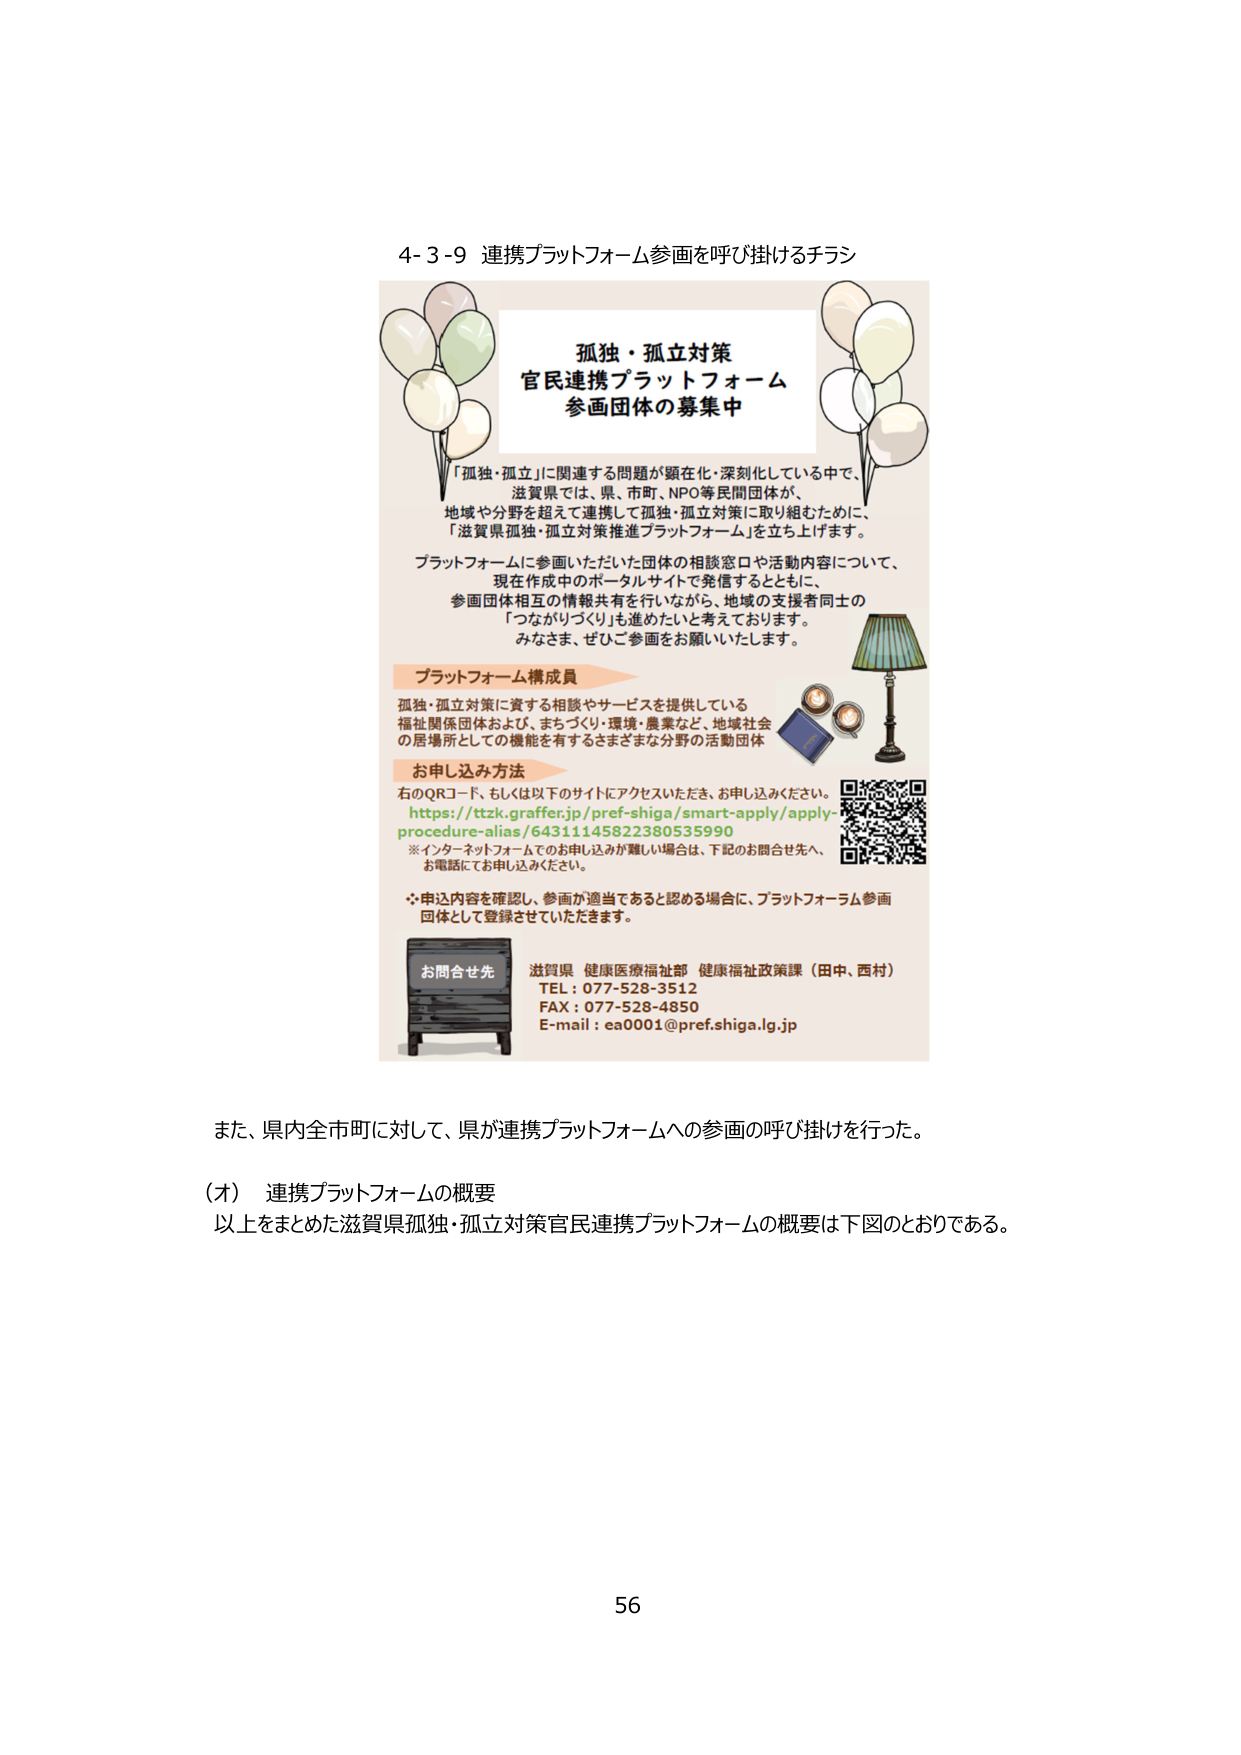
4-3-9 連携プラットフォーム参画を呼び掛けるチラシ

孤独・孤立対策
官民連携プラットフォーム
参画団体の募集中

「孤独・孤立」に関連する問題が顕在化・深刻化している中で、
滋賀県では、県、市町、NPO等民間団体が、
地域や分野を超えて連携して孤独・孤立対策に取り組むために、
「滋賀県孤独・孤立対策推進プラットフォーム」を立ち上げます。

プラットフォームに参画いただいた団体の相談窓口や活動内容について、
現在作成中のポータルサイトで発信するとともに、
参画団体相互の情報共有を行いながら、地域の支援者同士の
「つながりづくり」も進めたいと考えております。
みなさま、ぜひご参画をお願いいたします。

プラットフォーム構成員
孤独・孤立対策に資する相談やサービスを提供している
福祉関係団体および、まちづくり・環境・農業など、地域社会
の居場所としての機能を有するさまざまな分野の活動団体

お申し込み方法
右のQRコード、もしくは以下のサイトにアクセスいただき、お申し込みください。
https://ttzk.graffer.jp/pref-shiga/smart-apply/apply-procedure-alias/64311145822380535990
※インターネットフォームでのお申し込みが難しい場合は、下記のお問合せ先へ、
お電話にてお申し込みください。

・申込内容を確認し、参画が適当であると認める場合に、プラットフォーム参画
団体として登録させていただきます。

お問合せ先
滋賀県 健康医療福祉部 健康福祉政策課（田中、西村）
TEL：077-528-3512
FAX：077-528-4850
E-mail：ea0001@pref.shiga.lg.jp

また、県内全市町に対して、県が連携プラットフォームへの参画の呼び掛けを行った。

（オ） 連携プラットフォームの概要
以上をまとめた滋賀県孤独・孤立対策官民連携プラットフォームの概要は下図のとおりである。

56